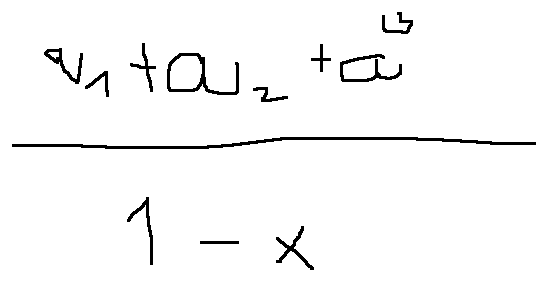
\frac { a _ { 1 } + a _ { 2 } + a ^ { 3 } } { 1 - x }